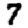
Digit: 7